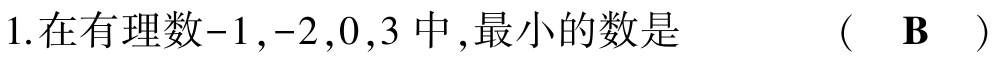
1.在有理数$-1,-2,0,3$中,最小的数是  （  $\mathbf{B}$  ）